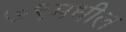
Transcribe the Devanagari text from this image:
७९मधील